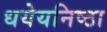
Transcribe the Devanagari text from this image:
धयेयनिष्ठा